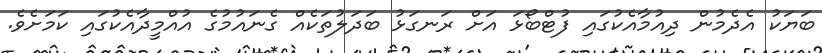
ބަޔަކު އެދެމުން ދިއުމާއެކުގައި ފުޓްބޯޅަ އަށް ރަނގަޅު ބަދަލުތަކެއް ގެނައުމުގެ އުއްމީދާއެކުގައި ކަމަށެވެ.